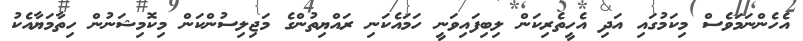
އެހެންނަމަވެސް މިކަމުގައި އަދި އެހީތެރިކަން ލިބިފައިވަނީ ހަމައެކަނި ރައްޔިތުންގެ މަޖިލިސުންކަން މިކޮމިޝަނުން ހިތާމަޔާއެކު